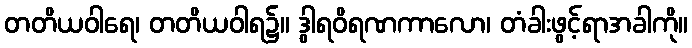
တတိယဝါရေ၊ တတိယဝါရ၌။ ဒွါရဝိရဏကာလော၊ တံခါးဖွင့်ရာအခါကို။